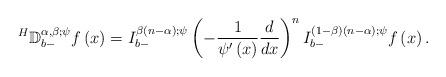
LaTeX: \begin{align*}^{H}\mathbb{D}_{b-}^{\alpha ,\beta ;\psi }f\left( x\right) =I_{b-}^{\beta\left( n-\alpha \right) ;\psi }\left( -\frac{1}{\psi ^{\prime }\left(x\right) }\frac{d}{dx}\right) ^{n}I_{b-}^{\left( 1-\beta \right) \left(n-\alpha \right) ;\psi }f\left( x\right).\end{align*}